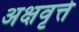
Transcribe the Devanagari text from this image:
अक्षवृत्ते